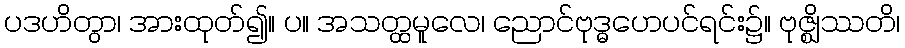
ပဒဟိတွာ၊ အားထုတ်၍။ ပ။ အသတ္ထမူလေ၊ ညောင်ဗုဒ္ဓဟေပင်ရင်း၌။ ဗုဇ္ဈိဿတိ၊